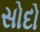
સોદો